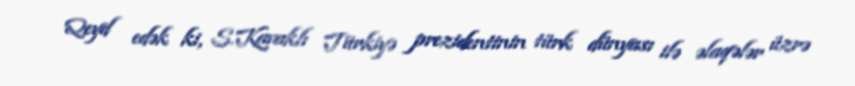
Qeyd edək ki, S.Kavaklı Türkiyə prezidentinin türk dünyası ilə əlaqələr üzrə